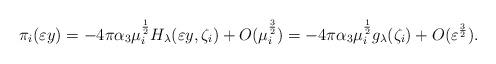
LaTeX: \begin{align*}\pi_i(\varepsilon y)&= -4\pi \alpha_3 \mu_i^{\frac{1}{2}} H_\lambda(\varepsilon y,\zeta_i)+O( \mu_i^{\frac{3}{2}} )=-4\pi \alpha_3 \mu_i^{\frac{1}{2}} g_\lambda(\zeta_i)+O( \varepsilon^{\frac{3}{2}} ) .\end{align*}